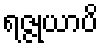
ရဇ္ဇုယာပိ